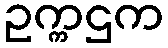
ဥက္ကဌက